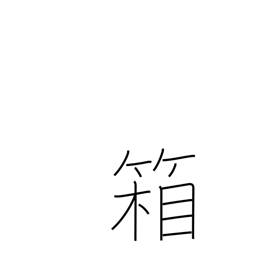
Meaning: box